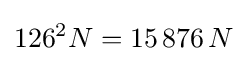
126^{2}N=15\,876\,N